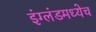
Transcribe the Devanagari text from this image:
इंग्लंडमध्येच